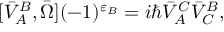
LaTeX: [ \bar { V } _ { A } ^ { B } , \bar { \Omega } ] ( - 1 ) ^ { \varepsilon _ { B } } = i \hbar \bar { V } _ { A } ^ { C } \bar { V } _ { C } ^ { B } ,